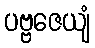
ပဗ္ဗဇေယျံ